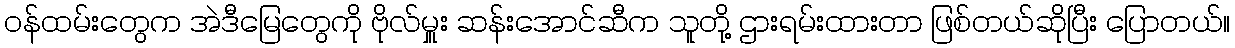
ဝန်ထမ်းတွေက အဲဒီမြေတွေကို ဗိုလ်မှူး ဆန်းအောင်ဆီက သူတို့ ဌားရမ်းထားတာ ဖြစ်တယ်ဆိုပြီး ပြောတယ်။